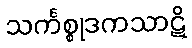
သင်္ကစ္စုဒကသာဋိ